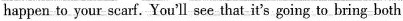
happen to your scarf. You'll see that it's going to bring both